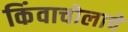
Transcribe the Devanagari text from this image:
किंवाचोलाचे